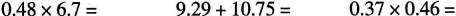
$$0.48\times6.7=$$ 9.29+10.75= $$0.37\times0.46=$$